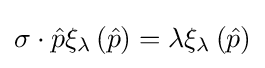
\sigma \cdot {\hat {p}}\xi _{\lambda }\left({\hat {p}}\right)=\lambda \xi _{\lambda }\left({\hat {p}}\right)